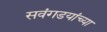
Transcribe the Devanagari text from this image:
सवंगडयांच्या